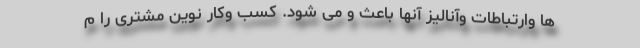
ها وارتباطات وآنالیز آنها باعث و می شود. کسب وکار نوین مشتری را م